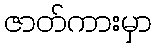
ဇာတ်ကားမှာ